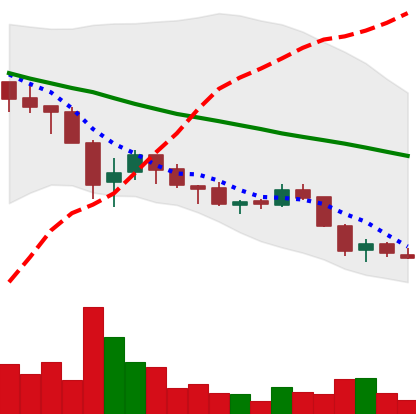
Ticker: ADA-USD
Chart end date: 2018-05-26
Forward return: 14.574%
Label: up_7plus